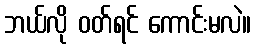
ဘယ်လို ဝတ်ရင် ကောင်းမလဲ။